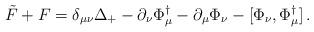
LaTeX: \begin{align*}\tilde F+F = \delta_{\mu\nu}\Delta_+ -\partial_\nu \Phi_\mu^\dag-\partial_\mu\Phi_\nu -[\Phi_\nu ,\Phi_\mu^\dag ] \,.\end{align*}